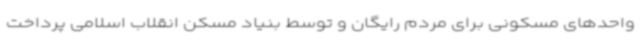
واحدهای مسکونی برای مردم رایگان و توسط بنیاد مسکن انقلاب اسلامی پرداخت